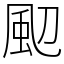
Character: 䫸